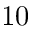
1 0